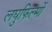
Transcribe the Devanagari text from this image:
लघुफिल्मों